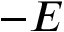
- E